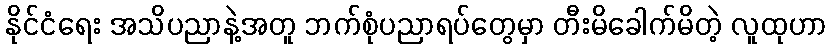
နိုင်ငံရေး အသိပညာနဲ့အတူ ဘက်စုံပညာရပ်တွေမှာ တီးမိခေါက်မိတဲ့ လူထုဟာ